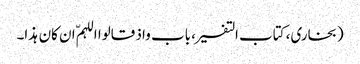
(بخاری، کتاب التفسیر، باب واذ قالوا اللہمّ ان کان ہذا۔